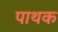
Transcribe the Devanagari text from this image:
पाथक